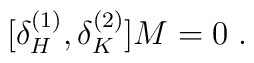
[\delta_{H}^{(1)},\delta_{K}^{(2)}] M = 0\;.